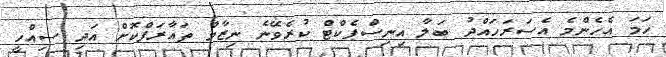
ހަމަ އެހެންމެ އެސަރަހައްދު ބަލާ އިނިސްޕެކްޓް ކުރެވޭނެ ނިޒާމް ތައާރަފްކޮށް އަދި ސިއްހީ